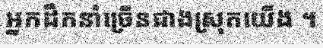
អ្នកដឹកនាំច្រើនជាងស្រុកយើង ។